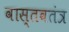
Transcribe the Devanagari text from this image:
वास्तवतंत्र